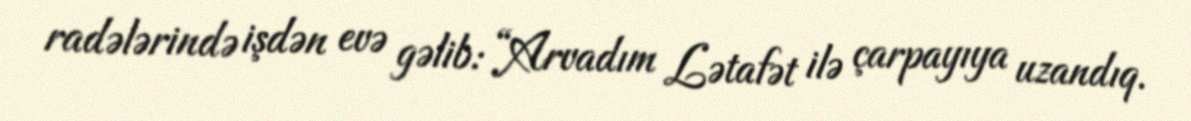
radələrində işdən evə gəlib: “Arvadım Lətafət ilə çarpayıya uzandıq.